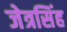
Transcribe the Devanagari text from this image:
जेत्रसिंह